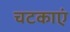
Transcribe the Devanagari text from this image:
चटकाएं